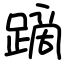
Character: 蹢